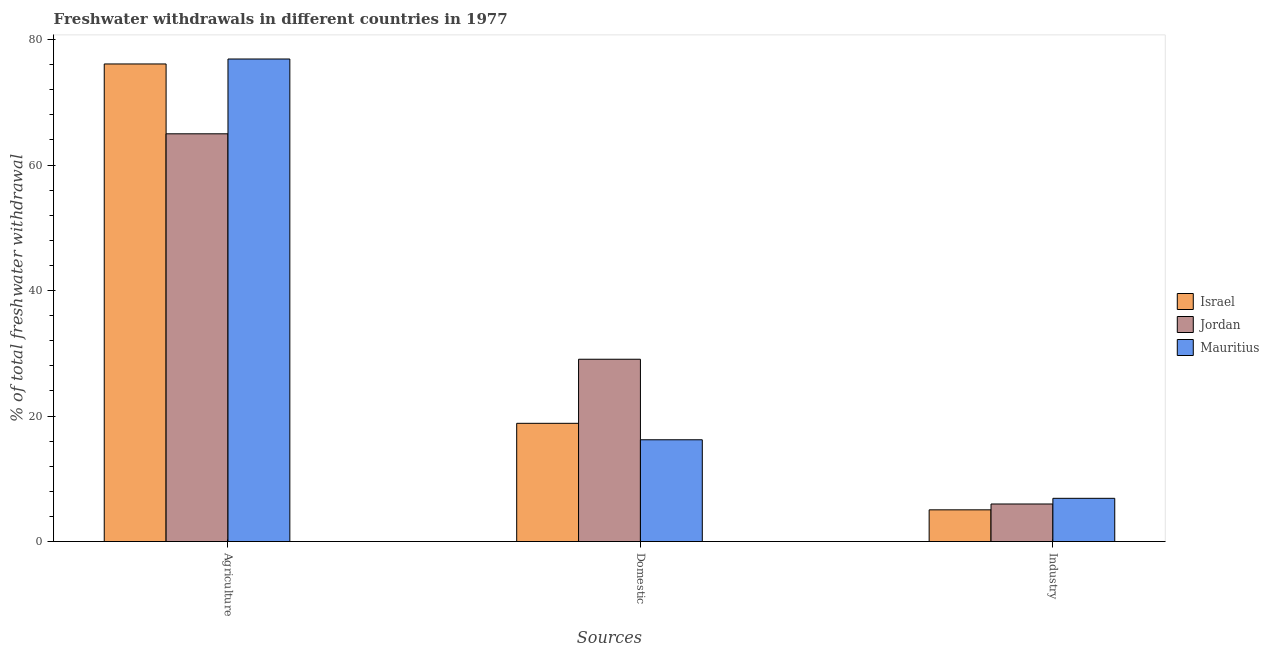
| Sources | Israel | Jordan | Mauritius |
 | --- | --- | --- | --- |
 | Agriculture | 76.1 | 65 | 76.9 |
 | Domestic | 18.8 | 29.1 | 16.2 |
 | Industry | 5.05 | 5.99 | 6.89 |